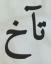
تآخ